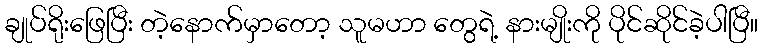
ချုပ်ရိုးဖြေပြီး တဲ့နောက်မှာတော့ သူမဟာ တွေရဲ့ နားမျိုးကို ပိုင်ဆိုင်ခဲ့ပါပြီ။